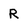
Character: R